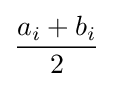
{\frac {a_{i}+b_{i}}{2}}